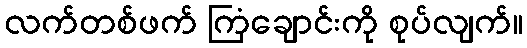
လက်တစ်ဖက် ကြံချောင်းကို စုပ်လျက်။